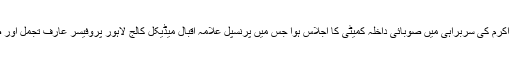
جمعہ کے روز وائس چانسلر یو ایچ ایس پروفیسر جاوید اکرم کی سربراہی میں صوبائی داخلہ کمیٹی کا اجلاس ہوا جس میں پرنسپل علامہ اقبال میڈیکل کالج لاہور پروفیسر عارف تجمل اور صدر پامی پنجاب پروفیسر جاوید اصغر نے شرکت کی۔